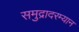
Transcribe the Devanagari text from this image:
समुद्रादरम्यान